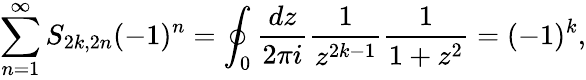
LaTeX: \sum_{n=1}^{\infty}S_{2k,2n}(-1)^{n}=\oint_{0}{\frac{dz}{2\pi i}}{\frac{1}{z^{2k-1}}}{\frac{1}{1+z^{2}}}=(-1)^{k},